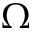
\Omega